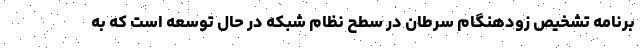
برنامه تشخیص زودهنگام سرطان در سطح نظام شبکه در حال توسعه است که به